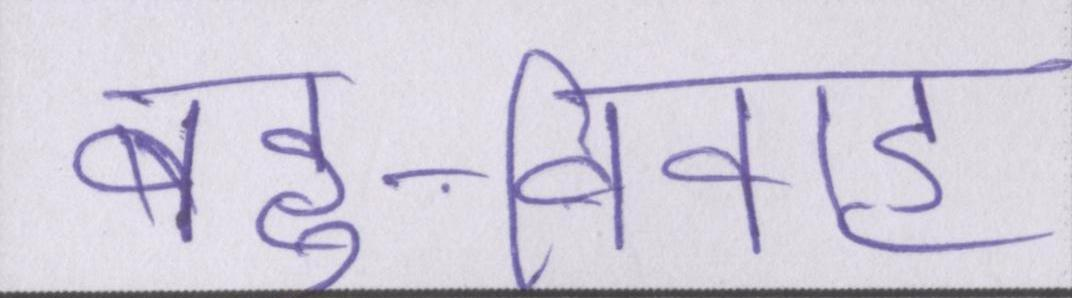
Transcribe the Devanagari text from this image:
बहु-विवाह